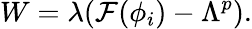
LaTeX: W=\lambda(\mathcal{F}(\phi_{i})-\Lambda^{p}).